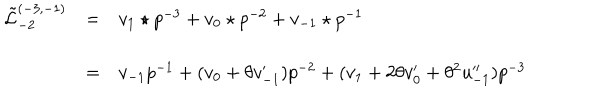
\begin{array} { l c l } { { \tilde { \mathcal L } _ { - 2 } ^ { ( - 3 , - 1 ) } } } & { { = } } & { { { v _ { 1 } \star p } ^ { - 3 } + v _ { 0 } \star p ^ { - 2 } + v _ { - 1 } \star p ^ { - 1 } } } \\ { { } } & { { = } } & { { v _ { - 1 } { p } ^ { - 1 } + ( v _ { 0 } + \theta v _ { - 1 } ^ { \prime } ) p ^ { - 2 } + ( v _ { 1 } + 2 \theta v _ { 0 } ^ { \prime } + \theta ^ { 2 } u _ { - 1 } ^ { \prime \prime } ) p ^ { - 3 } } } \\ \end{array}